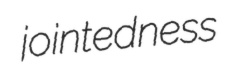
jointedness